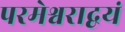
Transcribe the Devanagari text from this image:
परमेश्वराद्वयं